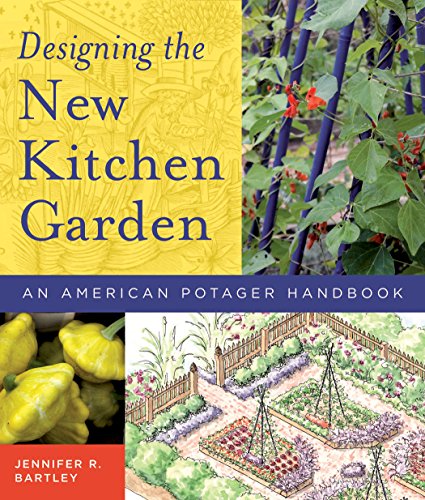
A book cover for Designing the New Kitchen Garden: An American Potager Handbook; Jennifer Bartley; Crafts, Hobbies & Home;